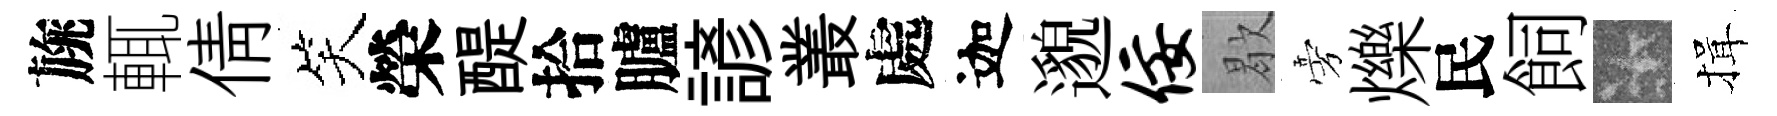
旐輒倩笑榮醍拾臚諺叢處迦邈佞歇旁爍民飼卡揖